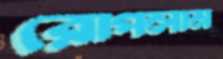
রোপলাম